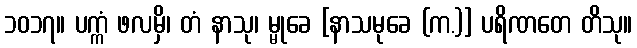
၁၀၁၇။ ပက္ကံ ဖလမှိ၊ တံ နာသု၊ မ္မုခေ [နာသမုခေ (က.)] ပရိဏတေ တိသု။